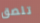
تلصق